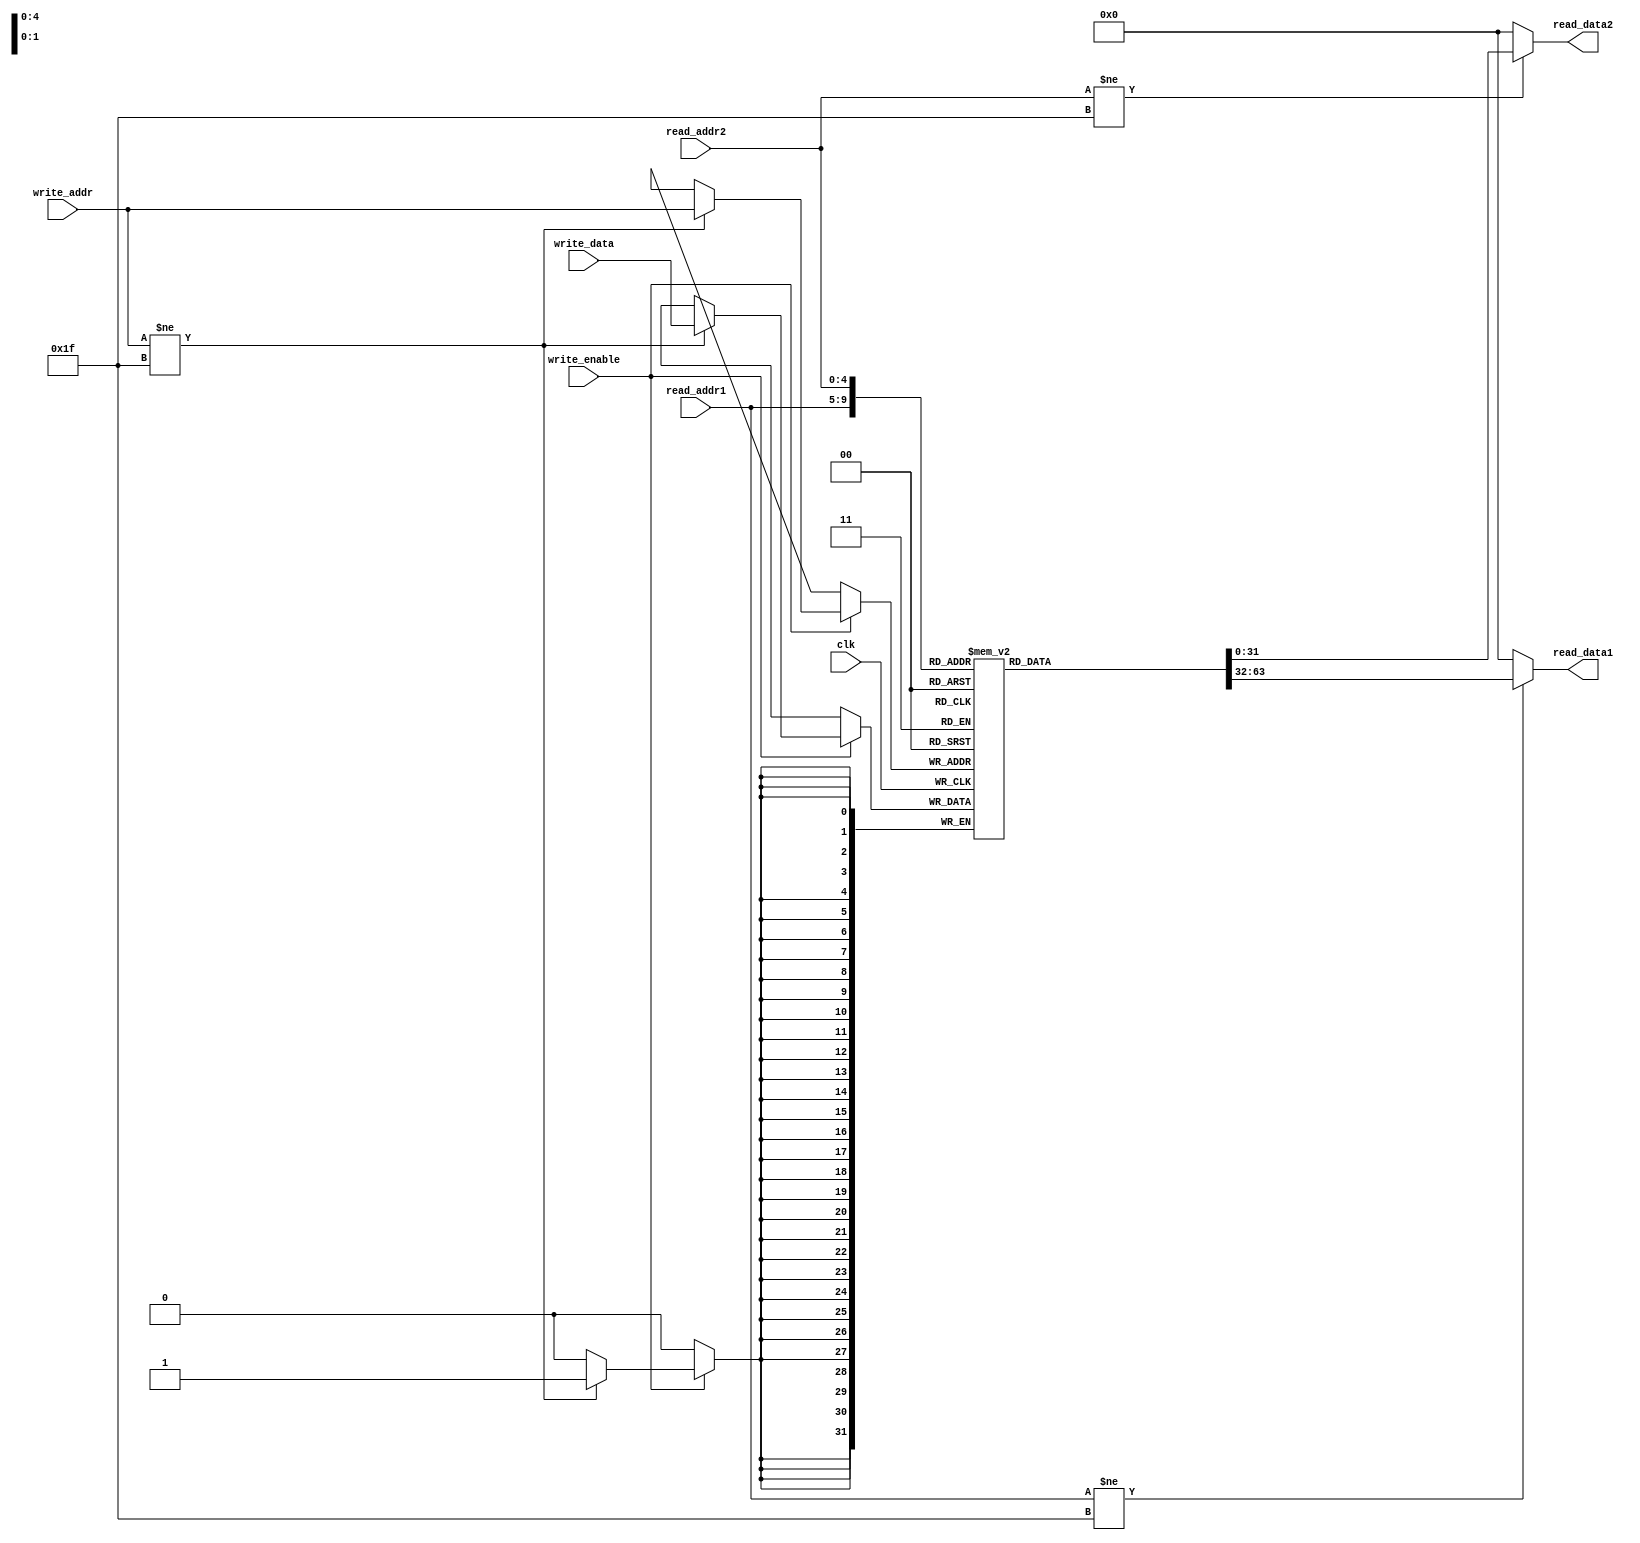
`timescale 1ns / 1ps

module Register_File(
        clk,
        read_addr1,
        read_addr2,
        read_data1,
        read_data2,
        write_addr,
        write_data,
        write_enable
    );

/***************************
******** PARAMETERS ********
***************************/

input wire clk;

input wire [4:0]  read_addr1;
input wire [4:0]  read_addr2;
input wire [4:0]  write_addr;

input wire [31:0] write_data;
input wire        write_enable;

output reg [31:0] read_data1;
output reg [31:0] read_data2;


// REGISTER FILE

reg [31:0] Register_File [31:0]; // 32 - 32 Bit Registers


/*************************
********* LOGIC **********
**************************/


initial
begin
        Register_File[0]=32'h00000002;
        Register_File[1]=32'h00000000;
        Register_File[2]=32'h00000050;
        Register_File[3]=32'h00000000;
        Register_File[4]=32'h00000006;
        Register_File[5]=32'h00000040;
        Register_File[6]=32'h00000000;
        Register_File[7]=32'h00000009;
        Register_File[8]=32'h00000001;
end

always @(read_addr1 or read_addr2)
    begin
    // $display("read_addr1 %d - read_addr2 -%d write_data -%h clk%b",read_addr1,read_addr2,write_data,clk);
    read_data1 = 32'h00000000;
    read_data2 = 32'h00000000;
    if (read_addr1 != 5'b11111) begin
        read_data1 = Register_File[read_addr1];
    end 
    if (read_addr2 != 5'b11111) begin
        read_data2 = Register_File[read_addr2]; 
    end
    
    end
always @(negedge(clk))
    begin
    $display("write_addr- %d - write_enable -%d write_data -%h clk%b",write_addr,write_enable,write_data,clk);
    if (write_enable) begin
        if (write_addr != 5'b11111) begin
            Register_File[write_addr] = write_data;   
        end
    end
   end
endmodule